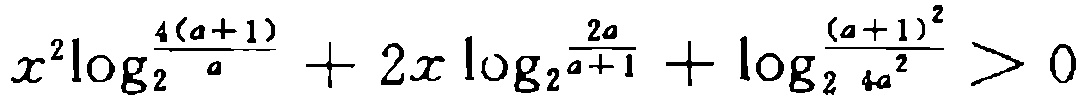
\(x^{2}\log_{2}\frac{4(a + 1)}{a}+2x\log_{2}\frac{2a}{a + 1}+\log_{2}\frac{(a + 1)^{2}}{4a^{2}}>0\)